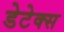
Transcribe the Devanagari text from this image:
डेटेक्स